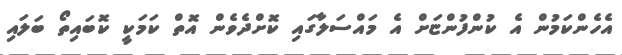
އެހެންކަމުން އެ ކުންފުންޏަށް އެ މައްސަލާގައި ކޮށްދެވެން އޮތް ކަމަކީ ކޮބައިތޯ ބަލައި